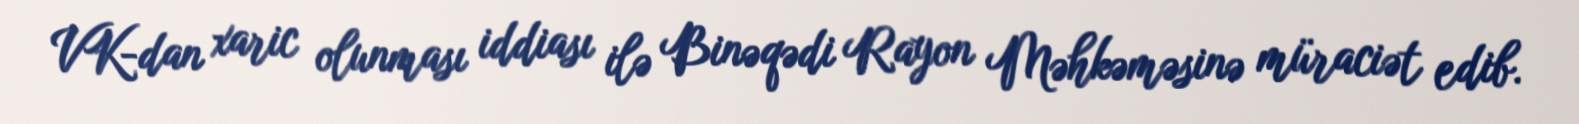
VK-dan xaric olunması iddiası ilə Binəqədi Rayon Məhkəməsinə müraciət edib.